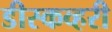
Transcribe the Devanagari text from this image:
डीस्कव्हरी